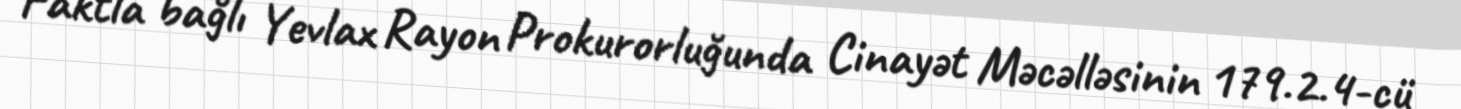
Faktla bağlı Yevlax Rayon Prokurorluğunda Cinayət Məcəlləsinin 179.2.4-cü